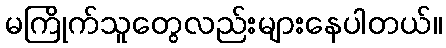
မကြိုက်သူတွေလည်းများနေပါတယ်။